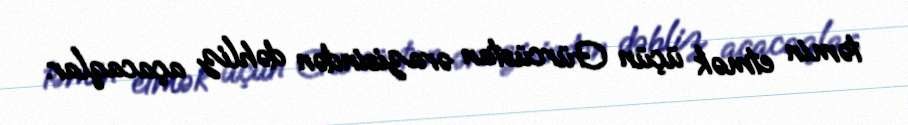
təmin etmək üçün Gürcüstan ərazisindən dəhliz açacaqlar.